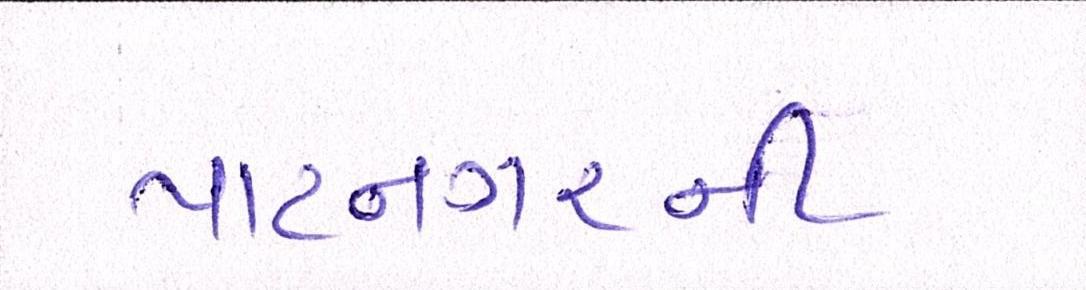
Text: પાટનગરની